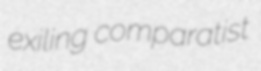
exiling comparatist